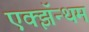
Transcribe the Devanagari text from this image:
एक्झॅन्थम